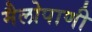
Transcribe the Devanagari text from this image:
मैलोपाणी